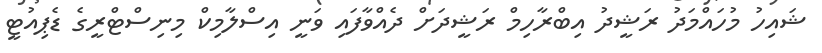
ޝައިހު މުހައްމަދު ރަޝީދު އިބްރާހިމް ރަޝީދަށް ދެއްވާފައި ވަނީ އިސްލާމިކް މިނިސްޓްރީގެ ޑެޕިއުޓީ